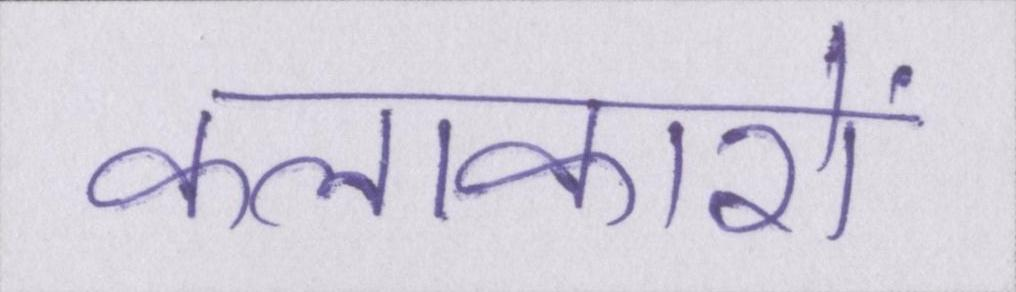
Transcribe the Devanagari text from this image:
कलाकारों